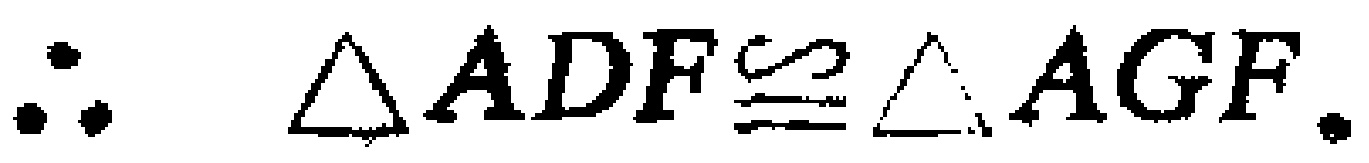
\(\therefore \triangle ADF\cong\triangle AGF.\)